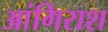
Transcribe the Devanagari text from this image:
आंगिराश